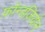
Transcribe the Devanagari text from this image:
फ़ॉन्डज़ियोन